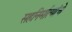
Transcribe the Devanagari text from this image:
सहनिर्मात्यांचे